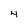
Character: 4